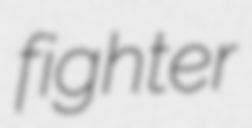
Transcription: fighter